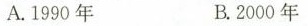
A.1990年 B.2000年